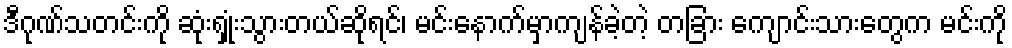
ဒီဂုဏ်သတင်းကို ဆုံးရှုံးသွားတယ်ဆိုရင်၊ မင်းနောက်မှာကျန်ခဲ့တဲ့ တခြား ကျောင်းသားတွေက မင်းကို